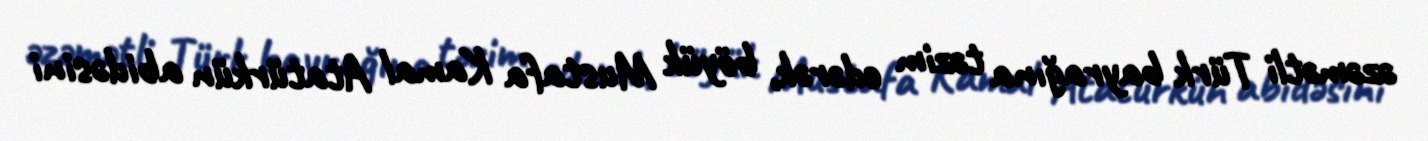
əzəmətli Türk bayrağına təzim edərək, böyük Mustafa Kamal Atatürkün abidəsini